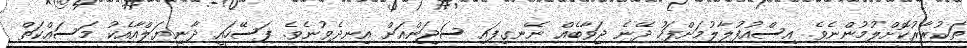
ތަކުރާރުކޮށްލުމުންނެވެ. އިސްއުފުލާލުމަށްފަހު ދޭނެ ޖަވާބެއް ނޭނގިފައި ސަޖަންއަށް އިނދެވުނެވެ. ފަސޭހައީ ދާނިޔަލްއާއެކު މަސައްކަތް